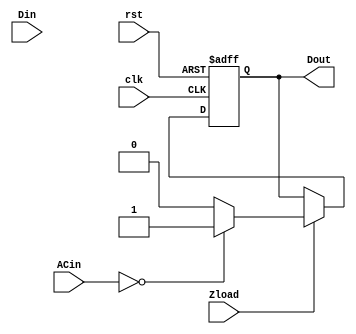
//

module z(Din, ACin, clk, rst, Zload,Dout);

input [7:0] Din;
input [7:0] ACin;
input clk, rst, Zload;

output Dout;
reg Dout;

always @(posedge clk or negedge rst) begin
    if (!rst)
        Dout <= 0;
    else if (Zload)
    begin
        if(ACin == 8'b00000000)
            Dout <= 1;
        else Dout <= 0;
    end
end

endmodule